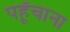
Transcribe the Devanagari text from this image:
पहूॅचाना